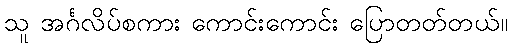
သူ အင်္ဂလိပ်စကား ကောင်းကောင်း ပြောတတ်တယ်။